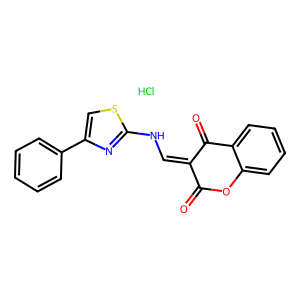
SMILES: Cl.O=C1Oc2ccccc2C(=O)C1=CNc1nc(-c2ccccc2)cs1
Inhibits HIV replication: No